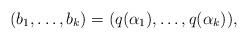
LaTeX: \begin{align*}(b_1,\ldots,b_k)=(q(\alpha_1),\ldots,q(\alpha_k)),\end{align*}